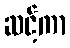
ဆင့်ကာ